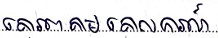
គោរពតាមគោលការណ៍